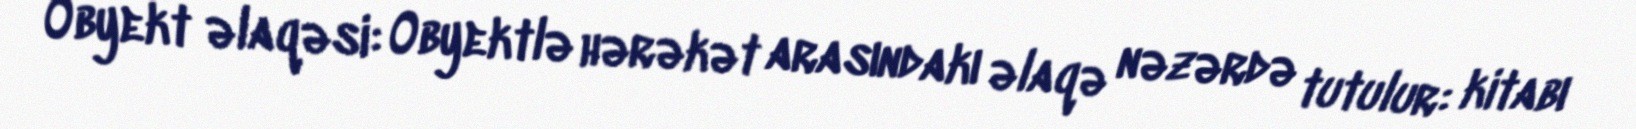
Obyekt əlaqəsi: Obyektlə hərəkət arasındakı əlaqə nəzərdə tutulur: kitabı